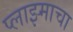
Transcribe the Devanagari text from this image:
प्लाझ्माचा